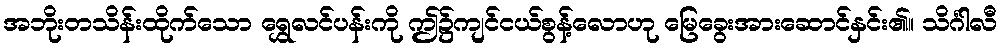
အဘိုးတသိန်းထိုက်သော ရွှေလင်ပန်းကို ဤ၌ကျင်ငယ်စွန့်လောဟု မြေခွေးအားဆောင်နှင်း၏။ သိင်္ဂါလီ